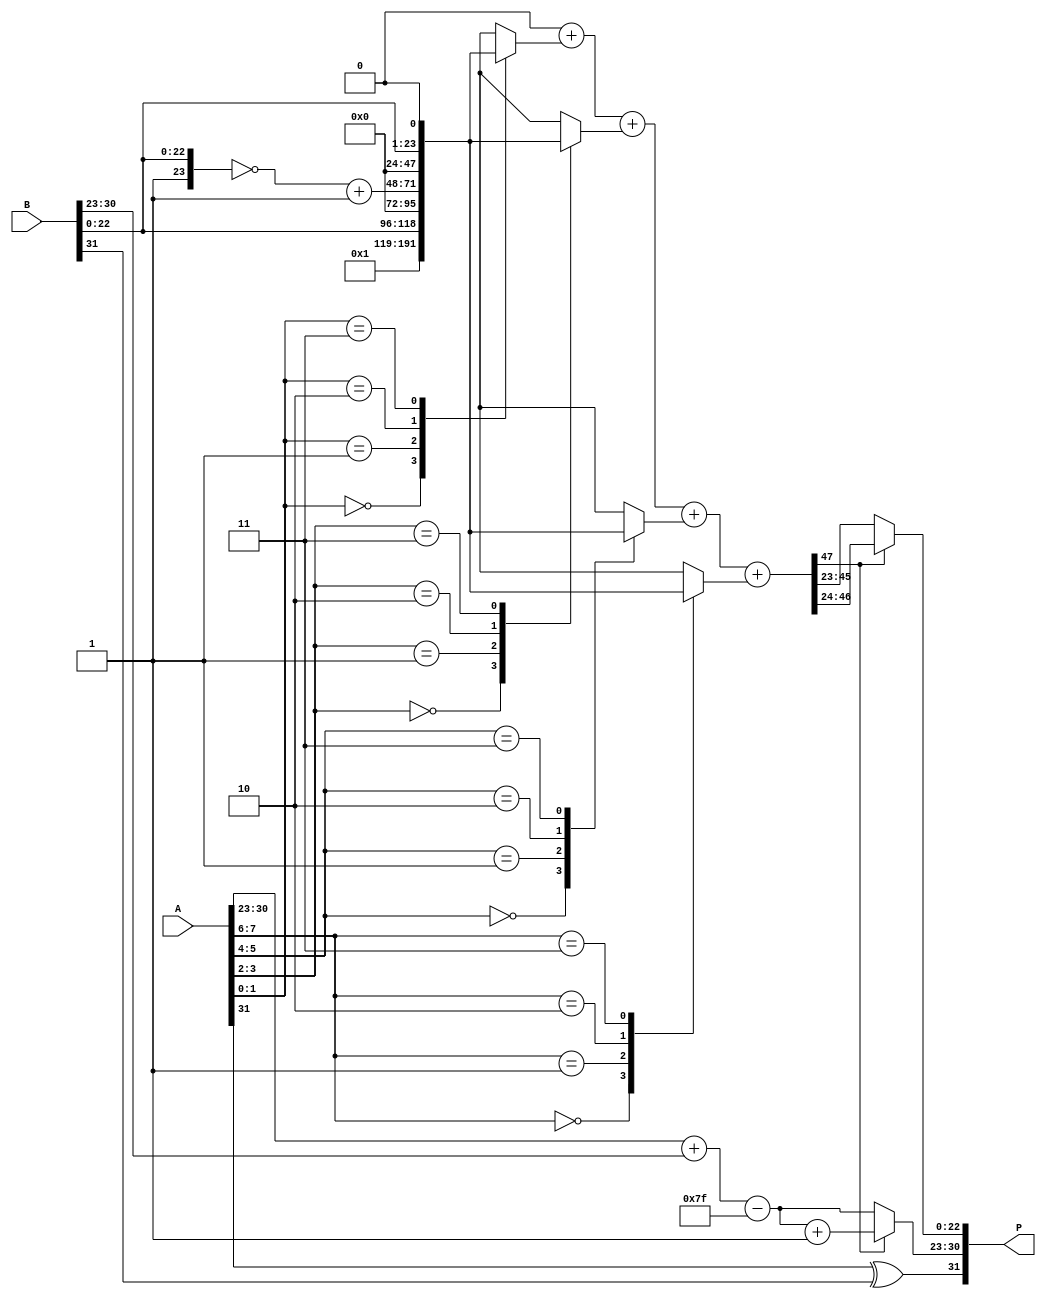
module radix4_floating_point_multiplier (
    input wire [31:0] A, // Input A in IEEE 754 format
    input wire [31:0] B, // Input B in IEEE 754 format
    output reg [31:0] P  // Output product in IEEE 754 format
);

    // IEEE 754 components
    wire signA = A[31];
    wire signB = B[31];
    wire [7:0] expA = A[30:23];
    wire [7:0] expB = B[30:23];
    wire [22:0] mantA = A[22:0];
    wire [22:0] mantB = B[22:0];

    // Normalized mantissas
    wire [23:0] mantA_norm = {1'b1, mantA}; // Implicit leading bit
    wire [23:0] mantB_norm = {1'b1, mantB}; // Implicit leading bit

    // Exponent calculation
    wire [8:0] exp_sum = {1'b0, expA} + {1'b0, expB} - 8'd127; // Subtract bias

    // Sign handling
    wire result_sign = signA ^ signB;

    // Partial product generation using Radix-4 Booth's algorithm
    reg [47:0] partial_products [0:3];
    reg [47:0] product;

    integer i;
    always @(*) begin
        // Initialize product
        product = 48'd0;

        // Generate partial products based on Booth's encoding
        for (i = 0; i < 4; i = i + 1) begin
            case ({mantA_norm[i*2 + 1], mantA_norm[i*2]})
                2'b00: partial_products[i] = 48'd0;             // 0
                2'b01: partial_products[i] = {24'd0, mantB_norm}; // +M2
                2'b10: partial_products[i] = {24'd0, ~mantB_norm + 1'b1}; // -M2
                2'b11: partial_products[i] = {24'd0, (mantB_norm << 1)}; // +2M2
                default: partial_products[i] = 48'd0;
            endcase
            // Accumulate partial products
            product = product + partial_products[i];
        end
    end

    // Normalize the product
    reg [7:0] exp_final;
    reg [22:0] mant_final;

    always @(*) begin
        // Check for normalization
        if (product[47]) begin
            // Normal case (leading bit is 1)
            mant_final = product[46:24]; // Take high part
            exp_final = exp_sum + 1; // Increment exponent
        end else begin
            // Need to normalize
            mant_final = product[45:23]; // Shift right
            exp_final = exp_sum; // Keep exponent as is
        end
    end

    // Assemble final result
    always @(*) begin
        // Construct final product in IEEE 754 format
        P = {result_sign, exp_final, mant_final};
    end

endmodule